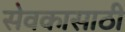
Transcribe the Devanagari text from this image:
सेवकासाठी